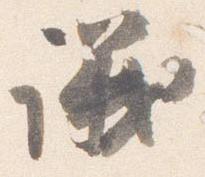
議